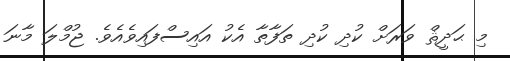
މި ޙަދީޘް ވަރަށް ކުދި ކުދި ތަފާތާ އެކު އައިސްފައިވެއެވެ. ޖުމްލަ މާނަ